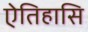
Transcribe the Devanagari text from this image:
ऐतिहासि